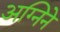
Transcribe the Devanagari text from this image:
अग्निने